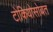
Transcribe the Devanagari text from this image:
टोकियोसोबत